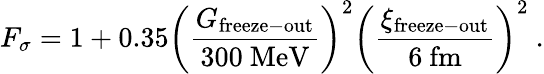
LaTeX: F_{\sigma}=1+0.35\left(\frac{G_{\mathrm{freeze-out}}}{300\ \mathrm{MeV}}\right)^{2}\left(\frac{\xi_{\mathrm{freeze-out}}}{6\ \mathrm{fm}}\right)^{2}\ .